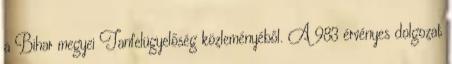
a Bihar megyei Tanfelügyelőség közleményéből. A 983 érvényes dolgozat